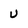
Character: U